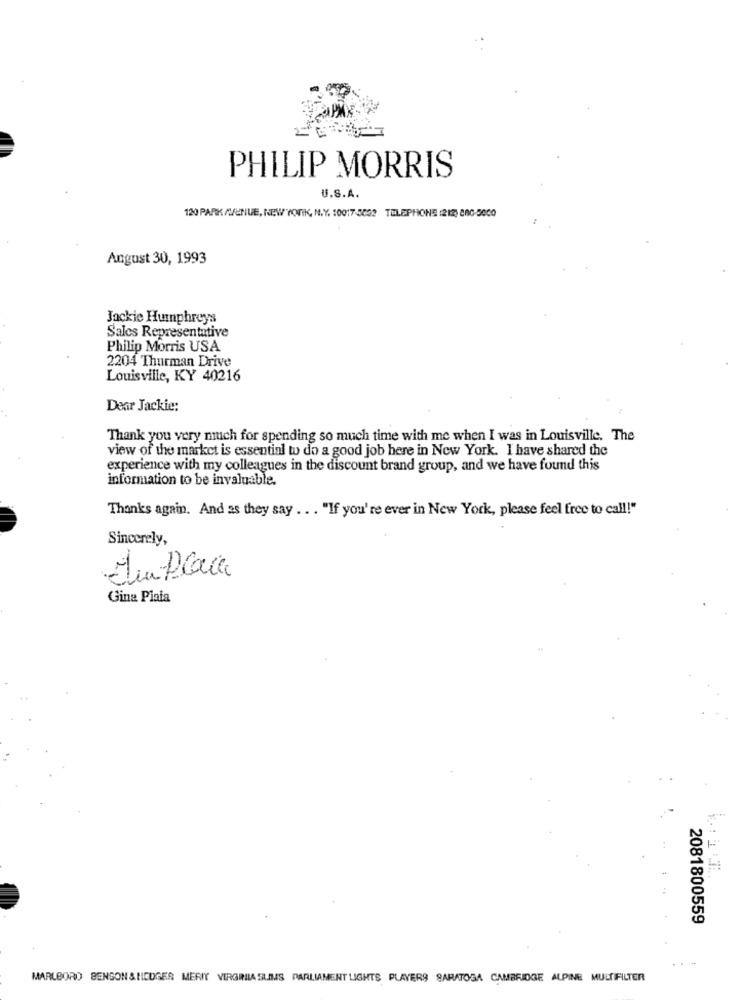
PHILIP MORRIS
U.S.A.
120 PARK AVENUE, NEW YORK, N.Y. 10017-3832 TELEPHONE (212) 880-5000
Angust 30, 1993
Jackie Humphreys
Sales Representative
Philip Morris USA
2204 Thurman Drive
Louisville, KY 40216
Dear Jackie:
Thank you very much for spending so much time with me when I was in Louisville. The
view of the market is essential to do a good job here in New York. I have shared the
experience with my colleagues in the discount brand group, and we have found this
information to be invaluable.
Thanks again. And as they say ... "If you're ever in New York, please feel free to call!"
Sincerely,
Ju Place
Gina Plaia
2081800559
...
MARLBORO BENSON & HEDGES MERIT VIRGRILA SLIMS PARLIAMENT LIGHTS PLAYERS SARATOGA CAMBRIDGE ALPINE MULTIFILTER